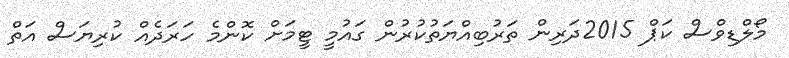
މޯލްޑިވްސް ކަޕް 2015ދަރިން ތަރުބިއްޔަތުކުރުން ގައުމީ ޓީމަށް ކޮންމެ ހަރަދެއް ކުރިޔަސް އަތް